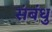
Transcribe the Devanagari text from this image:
संबंधु